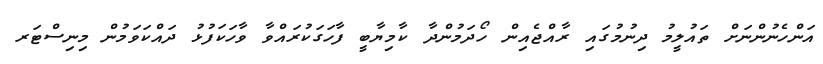
އަންހެނުންނަށް ތައުލީމު ދިނުމުގައި ރާއްޖެއިން ހޯދަމުންދާ ކާމިޔާބީ ފާހަގަކުރައްވާ ވާހަކަފުޅު ދައްކަވަމުން މިނިސްޓަރ